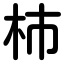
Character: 杮